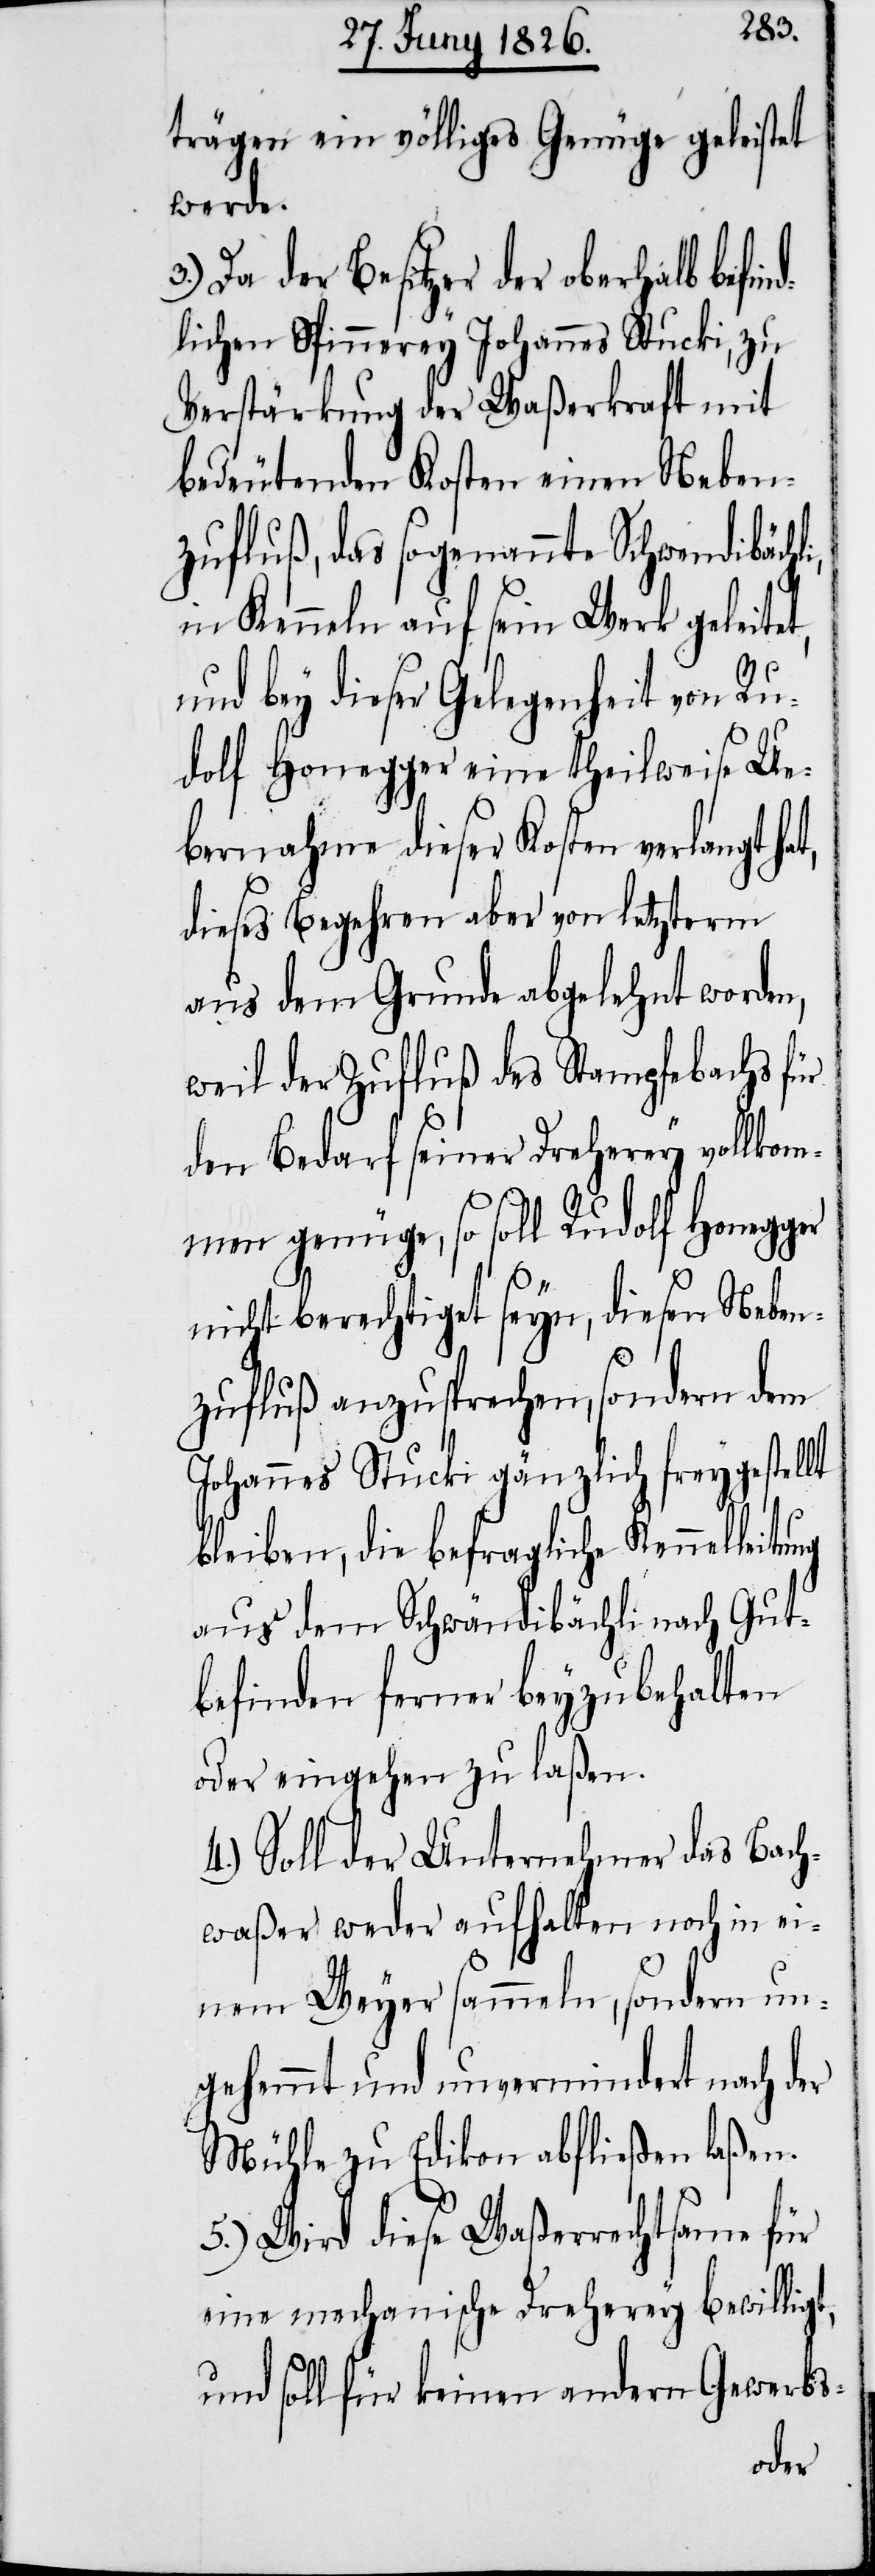
ung
trägen ein völliges Genüge geleistet
werde.
3.) Da der Besitzer der oberhalb befin¬
dlichen Spinnerey Johannes Stucki, zu
Verstärkung der Waßerkraft mit
bedeutenden Kosten einen Neben¬
zufluß, das sogenannte Schwendibächli,
in Kenneln auf sein Werk geleitet,
und bey dieser Gelegenheit von Ru¬
dolf Honegger eine theilweise Ue¬
bernahme dieser Kosten verlangt hat,
dieses Begehren aber von letzterm
aus dem Grunde abgelehnt worden,
weil der Zufluß des Stampfebachs für
den Bedarf seiner Dreherey vollkom¬
men genüge, so soll Rudolf Honegger
nicht berechtiget seyn, diesen Neben¬
zufluß anzusprechen, sondern dem
Johannes Stucki gänzlich freygestellt
bleiben, die befragliche Kennelleit¬
aus dem Schwändibächli nach Gut¬
befinden ferner beyzubehalten
oder eingehen zu laßen.
4.) Soll der Unternehmer das Bach¬
waßer weder aufhalten noch in ei¬
nem Weyer sammeln, sondern un¬
gehemmt und unvermindert nach der
Mühle zu Edikon abfließen laßen.
5.) Wird diese Waßerrechtsame für
eine mechanische Dreherey bewilligt,
und soll für keinen andern Gewerbs-